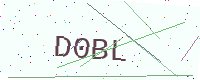
Text: D0BL